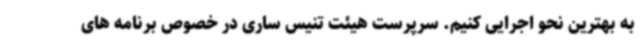
به بهترین نحو اجرایی کنیم. سرپرست هیئت تنیس ساری در خصوص برنامه های